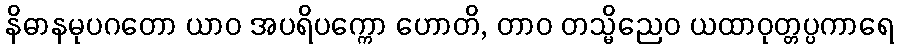
နိဓာနမုပဂတော ယာဝ အပရိပက္ကော ဟောတိ, တာဝ တသ္မိညေဝ ယထာဝုတ္တပ္ပကာရေ